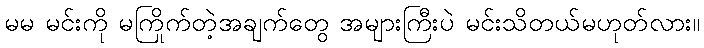
မမ မင်းကို မကြိုက်တဲ့အချက်တွေ အများကြီးပဲ မင်းသိတယ်မဟုတ်လား။